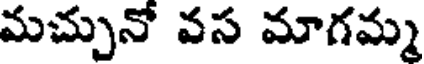
మచ్చునో వస మాగమ్మ